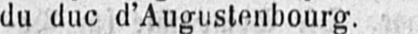
duc d’Augustenbourg.